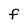
Character: F